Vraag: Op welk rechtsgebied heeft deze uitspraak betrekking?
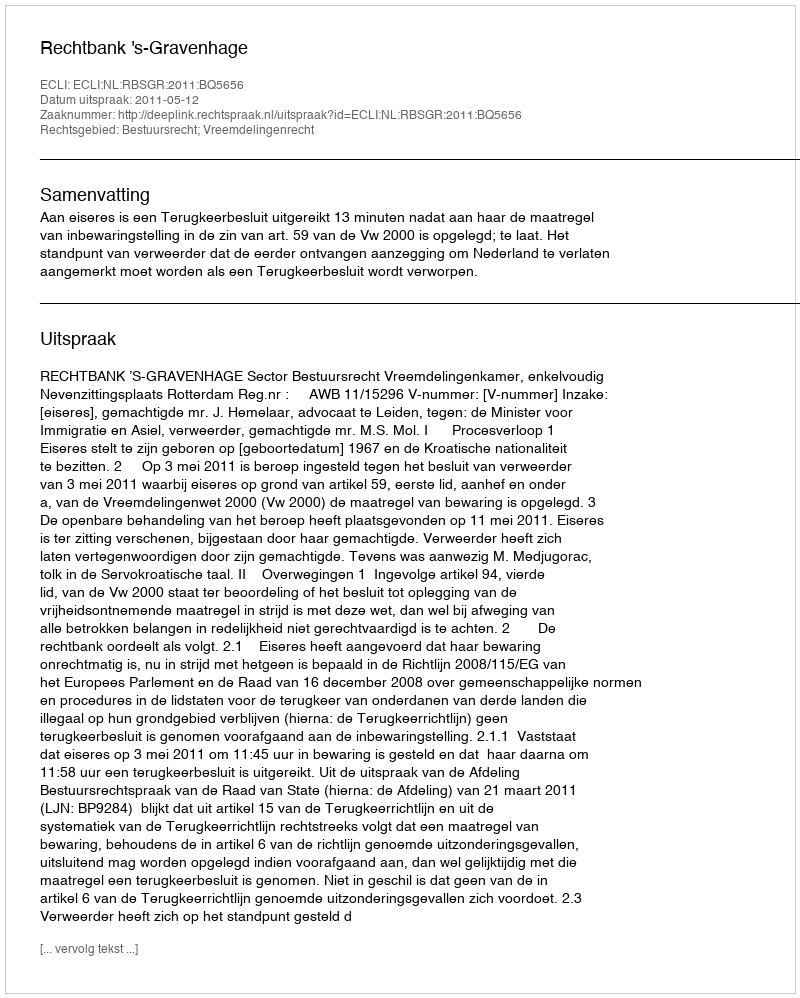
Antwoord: Bestuursrecht; Vreemdelingenrecht